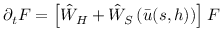
\partial _ { t } F = \left[ \hat { W } _ { H } + \hat { W } _ { S } \left( \bar { u } ( s , h ) \right) \right] F